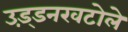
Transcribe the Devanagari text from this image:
उड़्डनखटोले